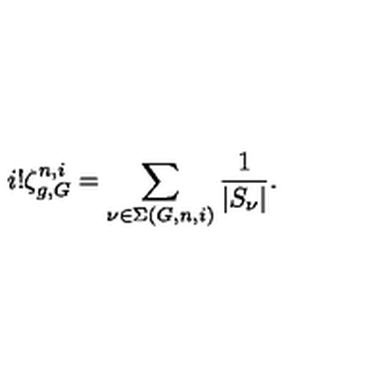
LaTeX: i ! \zeta _ { g , G } ^ { n , i } = \sum _ { \nu \in \Sigma ( G , n , i ) } \frac { 1 } { | S _ { \nu } | } .